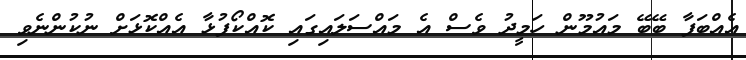
އެއްބަފާ ބޭބޭ މައުމޫން ހަމީދު ވެސް އެ މައްސަލައިގައި ކޮއްކޯފުޅާ އެއްކޮޅަށް ނުކުންނެވި